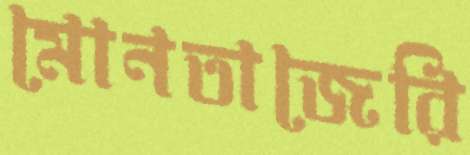
মোনতাজেরি